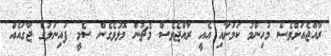
ރާއްޖެއަށްވެސް މުހިންމު ކަމަށާއި އެއީ ރާއްޖެވެސް މެޗުން މޮޅުވެގެން ސެމީ ފައިނަލުގެ ޖާގައެއް